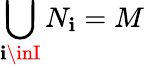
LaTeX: \bigcup_{\mathbf{i}\inI}N_{\mathbf{i}}=M